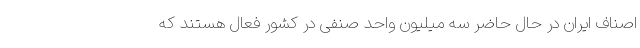
اصناف ایران در حال حاضر سه میلیون واحد صنفی در کشور فعال هستند که